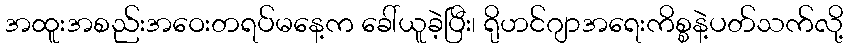
အထူးအစည်းအဝေးတရပ်မနေ့က ခေါ်ယူခဲ့ပြီး၊ ရိုဟင်ဂျာအရေးကိစ္စနဲ့ပတ်သက်လို့